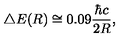
\bigtriangleup E ( R ) \cong 0 . 0 9 { \frac { { \hbar } c } { 2 R } } ,